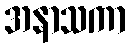
အနာသကာ